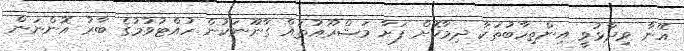
އޭނާ ވިދާޅުވީ އިންތިހާބުތަކާ ދިމާކޮށް ފަށާ މަޝްރޫއުތައް ގާނޫނަކުން ހުއްޓުވުމުގެ ބާރު އޮންނަން